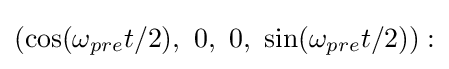
\left(\cos(\omega _{pre}t/2),\ 0,\ 0,\ \sin(\omega _{pre}t/2)\right):